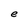
Character: e